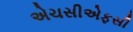
એચસીએફસી